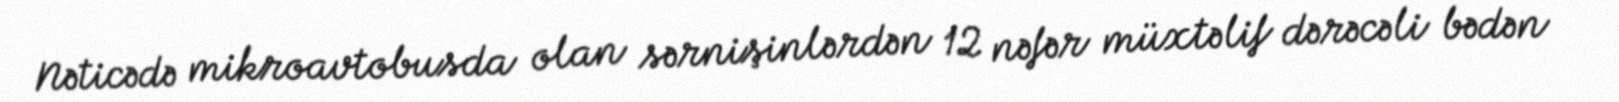
Nəticədə mikroavtobusda olan sərnişinlərdən 12 nəfər müxtəlif dərəcəli bədən